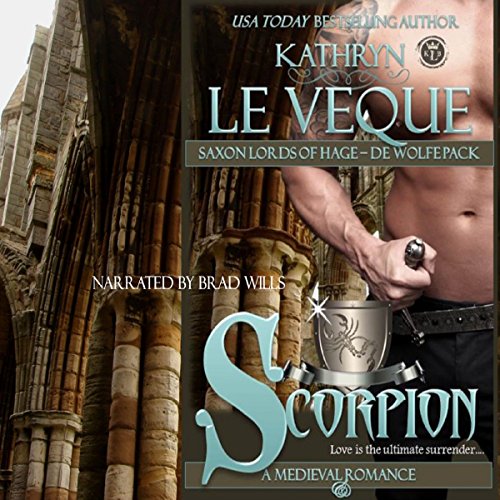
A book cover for Scorpion: Saxon Lords of Hage - De Wolfe Pack; Kathryn Le Veque; Romance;